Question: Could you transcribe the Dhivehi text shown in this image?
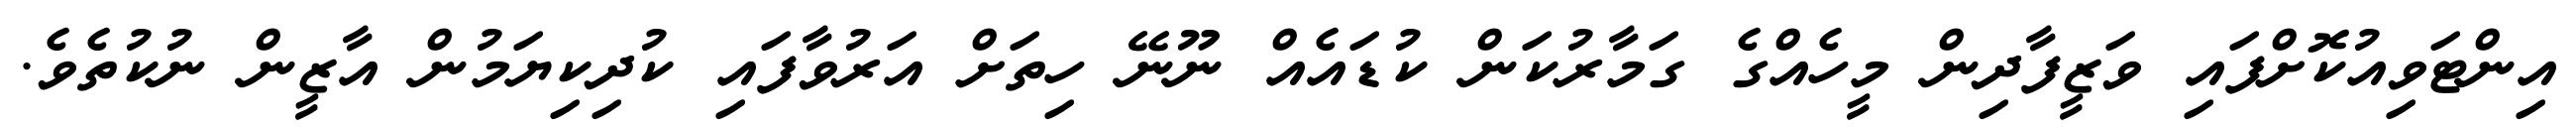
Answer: އިންޓަވިއުކޮށްފައި ވަޒީފާދިން މީހެއްގެ ގަމާރުކަން ކުޑައެއް ނޫނޭ ހިތަށް އަރުވާފައި ކުދިކިޔަމުން އާޒީން ނުކުތެވެ.